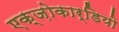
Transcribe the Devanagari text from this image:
एक्ज़ोकार्डियो